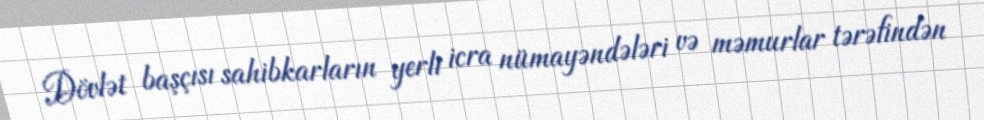
Dövlət başçısı sahibkarların yerli icra nümayəndələri və məmurlar tərəfindən